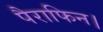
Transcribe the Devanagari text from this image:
पैराफिन।